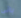
بانى